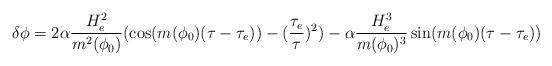
LaTeX: \begin{align*}\delta\phi=2\alpha \frac{H_e^2}{m^2(\phi_0)}(\cos(m(\phi_0)(\tau-\tau_e))-(\frac{\tau_e}{\tau})^2)-\alpha\frac{H_e^3}{m(\phi_0)^3}\sin(m(\phi_0)(\tau-\tau_e))\end{align*}